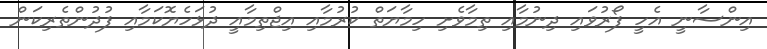
އިންސާނީ އެހީ ފޯރުވައި ދިނުމާއި ތިމާވެށި ހިމާޔަތް ކުރުމާއި އިޖްތިމާއީ ދުޅަހެޔޮކަމާއި ފުދުންތެރިކަން